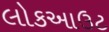
લોકઆઉટ